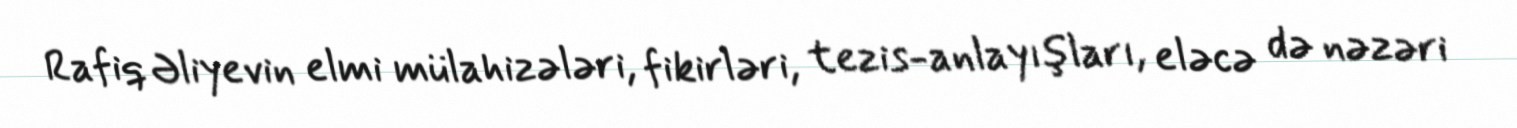
Rafiq Əliyevin elmi mülahizələri, fikirləri, tezis-anlayışları, eləcə də nəzəri